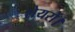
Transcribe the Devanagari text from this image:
शेयरों।